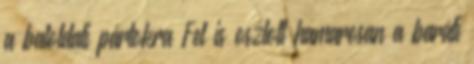
a baloldali pártokra Fel is oszlott hamarosan a baráti